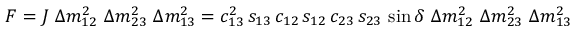
{ \cal F } = J ~ \Delta m _ { 1 2 } ^ { 2 } ~ \Delta m _ { 2 3 } ^ { 2 } ~ \Delta m _ { 1 3 } ^ { 2 } = c _ { 1 3 } ^ { 2 } \, s _ { 1 3 } \, c _ { 1 2 } \, s _ { 1 2 } \, c _ { 2 3 } \, s _ { 2 3 } \, \sin \delta ~ \Delta m _ { 1 2 } ^ { 2 } ~ \Delta m _ { 2 3 } ^ { 2 } ~ \Delta m _ { 1 3 } ^ { 2 }